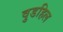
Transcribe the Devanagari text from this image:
वुडहिल